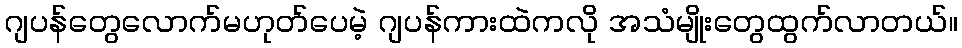
ဂျပန်တွေလောက်မဟုတ်ပေမဲ့ ဂျပန်ကားထဲကလို အသံမျိုးတွေထွက်လာတယ်။